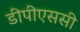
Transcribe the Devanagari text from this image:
डीपीएससी